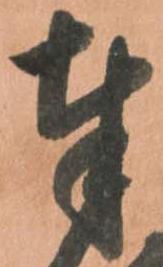
奉